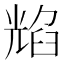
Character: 𦥿